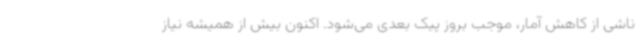
ناشی از کاهش آمار، موجب بروز پیک بعدی می‌شود. اکنون بیش از همیشه نیاز